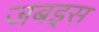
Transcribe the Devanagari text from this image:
जबइस